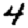
Digit: 4